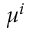
\mu ^ { i }